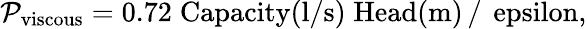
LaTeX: \mathcal{P}_{\mathrm{{{viscous}}}}=0.72\; \mathrm{{{Capacity(l/s)\; Head(m)}\, /\, \ epsilon,}}